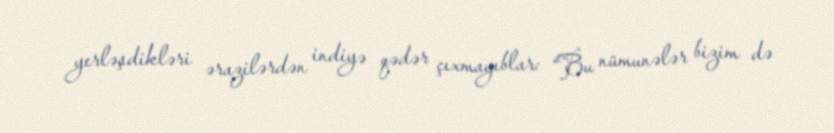
yerləşdikləri ərazilərdən indiyə qədər çıxmayıblar: “Bu nümunələr bizim də